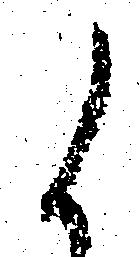
候